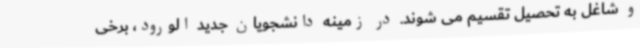
و شاغل به تحصیل تقسیم می شوند. در زمینه دانشجویان جدید الورود، برخی